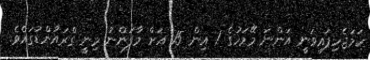
ހަމަޖެހިފައިވަނީ އަންނަ މޭމަހުގެ 1 އިން 15 އަށް މާފަންނު މިނީ ގްރައުންޑުގައެވެ.